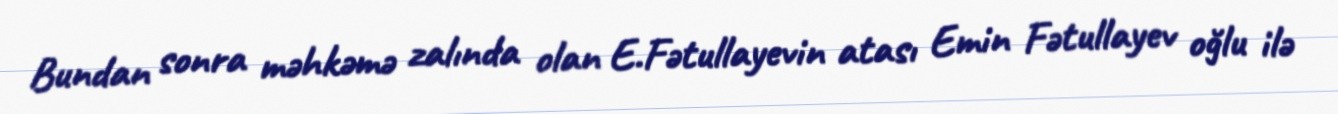
Bundan sonra məhkəmə zalında olan E.Fətullayevin atası Emin Fətullayev oğlu ilə